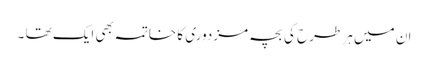
ان میں ہر طرح کی بچہ مزدوری کا خاتمہ بھی ایک تھا ۔